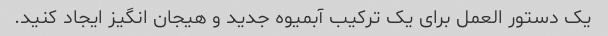
یک دستور العمل برای یک ترکیب آبمیوه جدید و هیجان انگیز ایجاد کنید.